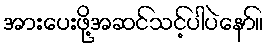
အားပေးဖို့အဆင်သင့်ပါပဲနော်။